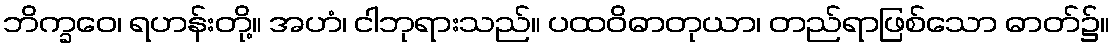
ဘိက္ခဝေ၊ ရဟန်းတို့။ အဟံ၊ ငါဘုရားသည်။ ပထဝိဓာတုယာ၊ တည်ရာဖြစ်သော ဓာတ်၌။